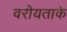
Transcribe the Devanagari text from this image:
वरीयताके